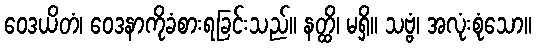
ဝေဒယိတံ၊ ဝေဒနာကိုခံစားရခြင်းသည်။ နတ္ထိ၊ မရှိ။ သဗ္ဗံ၊ အလုံးစုံသော။